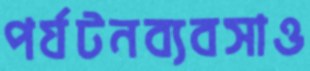
পর্যটনব্যবসাও